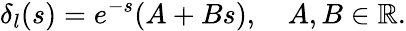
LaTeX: \delta_{l}(s)=e^{-s}(A+Bs),\quad A,B\in\mathbb{R}.